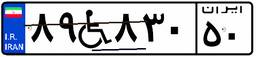
۴۷W۳۶۹۴۸